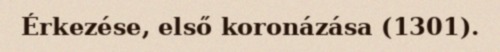
Érkezése, első koronázása (1301).